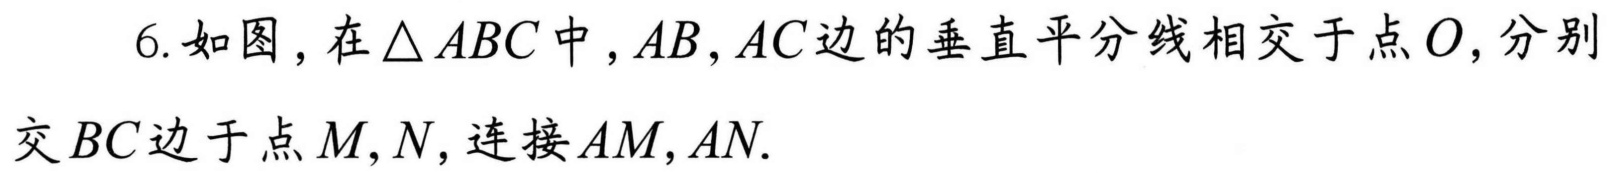
6. 如图，在$\triangle ABC$中，$AB,AC$边的垂直平分线相交于点$O$，分别交$BC$边于点$M,N$，连接$AM,AN.$